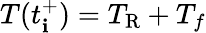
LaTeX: T(t_{\mathbf{i}}^{+})=T_{\mathrm{{R}}}+T_{f}